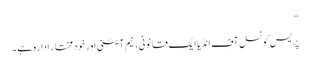
‘‘
پریس کونسل آف انڈیا ایک قانونی، نیم آئینی اور خود مختار ادارہ ہے۔